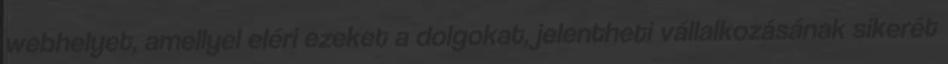
webhelyet, amellyel eléri ezeket a dolgokat, jelentheti vállalkozásának sikerét